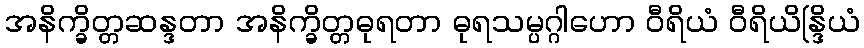
အနိက္ခိတ္တဆန္ဒတာ အနိက္ခိတ္တဓုရတာ ဓုရသမ္ပဂ္ဂါဟော ဝီရိယံ ဝီရိယိန္ဒြိယံ